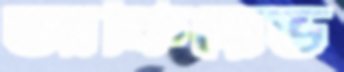
আকিয়েভ